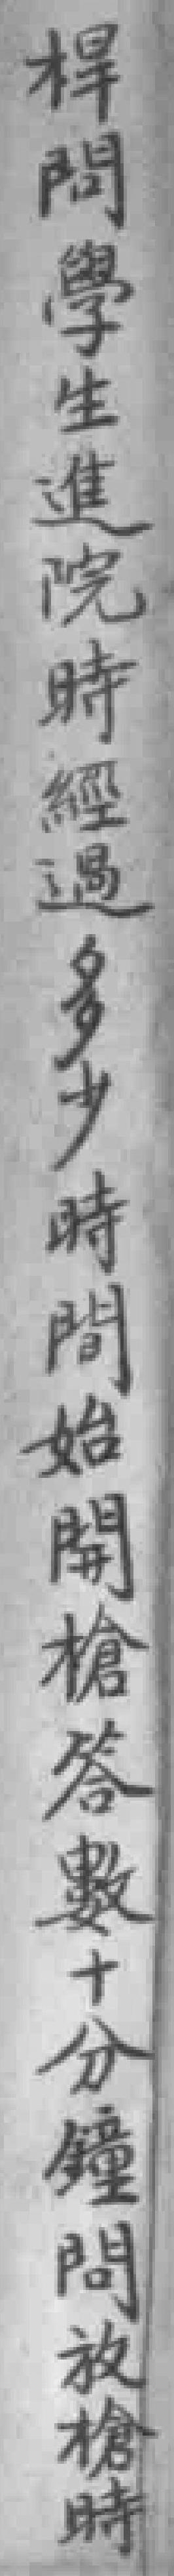
桿問學生進院時經過多少時問始開槍答數十分鐘問放槍時